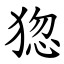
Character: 㺀